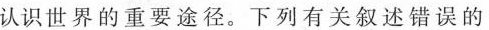
认识世界的重要途径。下列有关叙述错误的